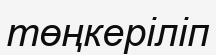
төңкеріліп